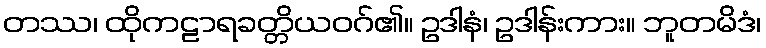
တဿ၊ ထိုကဠာရခတ္တိယဝဂ်၏။ ဥဒါနံ၊ ဥဒါန်းကား။ ဘူတမိဒံ၊